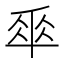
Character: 𠦬